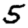
Digit: 5